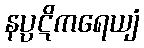
နပ္ပဋိကရေယျံ